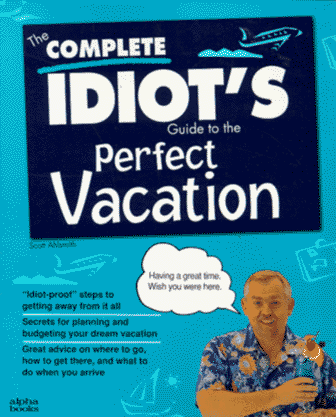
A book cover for The Complete Idiot's Guide to the Perfect Vacation; Scott Ahlsmith; Travel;